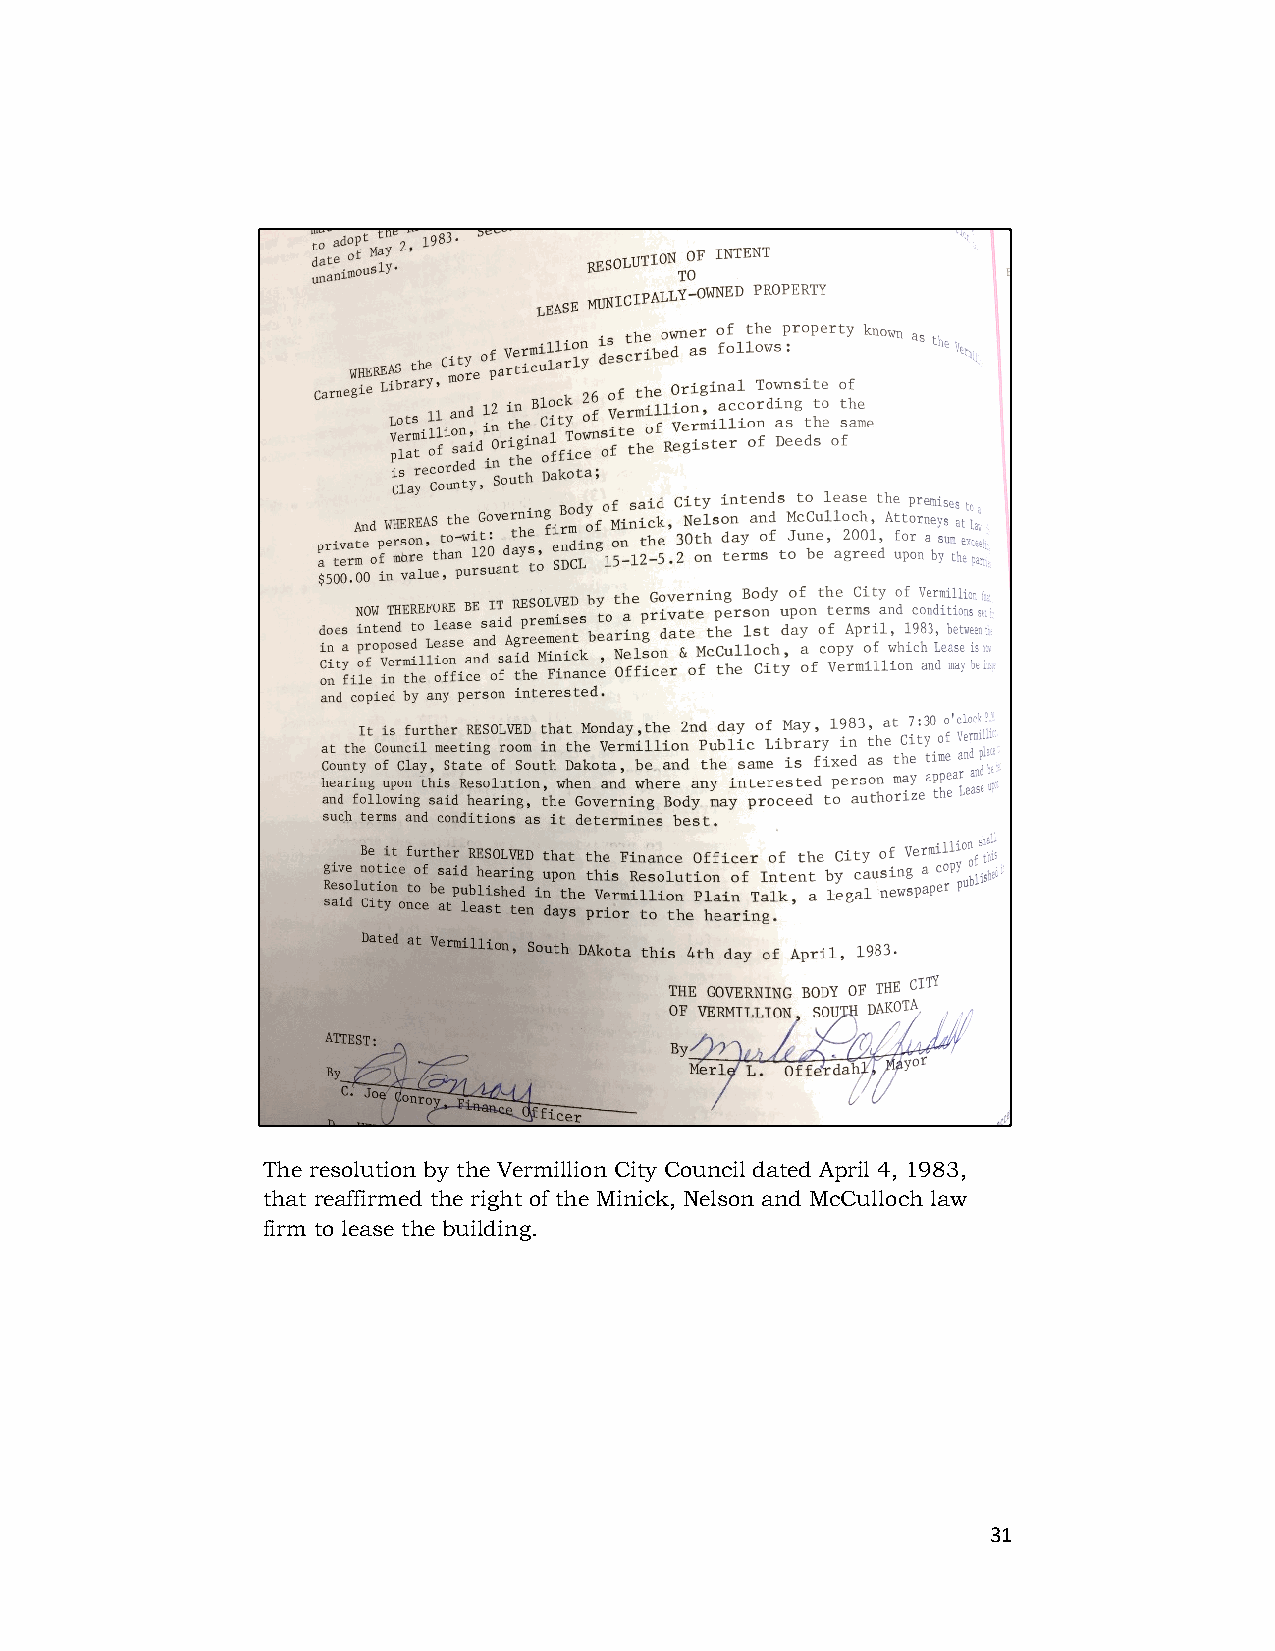
The resolution by the Vermillion City Council dated April 4, 1983,
 that reaffirmed the right of the Minick, Nelson and McCulloch law
 firm to lease the building.
 31